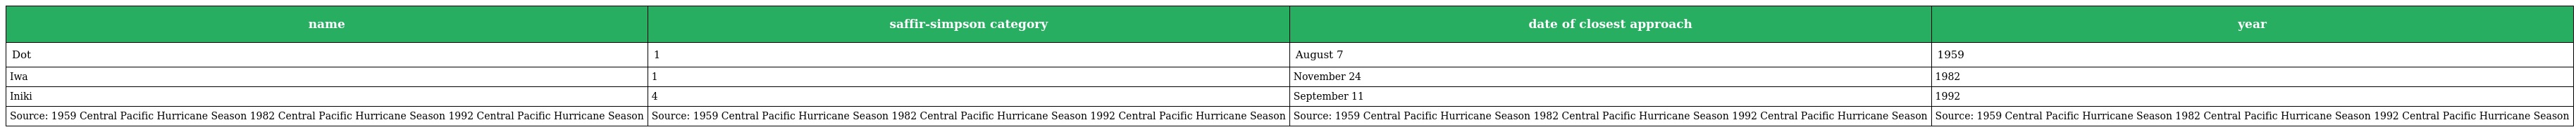
| name | saffir-simpson category | date of closest approach | year |
 | --- | --- | --- | --- |
 | Dot | 1 | August 7 | 1959 |
 | Iwa | 1 | November 24 | 1982 |
 | Iniki | 4 | September 11 | 1992 |
 | Source: 1959 Central Pacific Hurricane Season 1982 Central Pacific Hurricane Season 1992 Central Pacific Hurricane Season | Source: 1959 Central Pacific Hurricane Season 1982 Central Pacific Hurricane Season 1992 Central Pacific Hurricane Season | Source: 1959 Central Pacific Hurricane Season 1982 Central Pacific Hurricane Season 1992 Central Pacific Hurricane Season | Source: 1959 Central Pacific Hurricane Season 1982 Central Pacific Hurricane Season 1992 Central Pacific Hurricane Season |